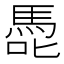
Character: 𭊢